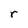
Character: r